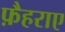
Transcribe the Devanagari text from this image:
फ़ैहराए